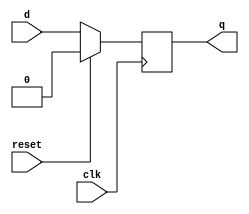
`timescale 1ns / 1ps

module d_flipflop(   
    input d,
    input clk,
    input reset,
    output reg q
    );
always @(posedge clk) begin
    if (reset)
    q = 0;
    else 
    q = d;
 end 
 
endmodule